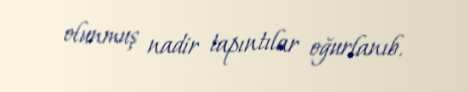
olunmuş nadir tapıntılar oğurlanıb.